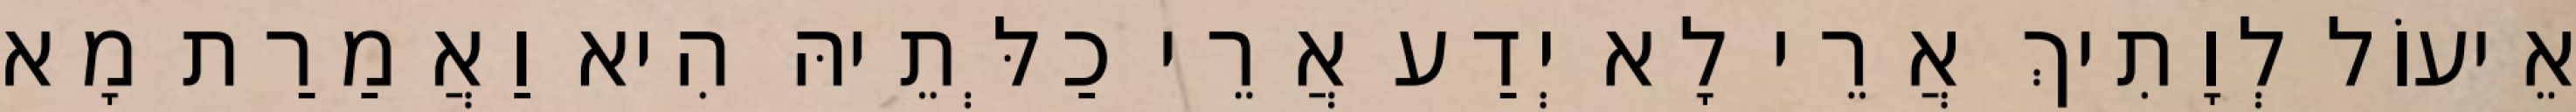
אֵיעוֹל לְוָתִיךְ אֲרֵי לָא יְדַע אֲרֵי כַלְּתֵיהּ הִיא וַאֲמַרַת מָא